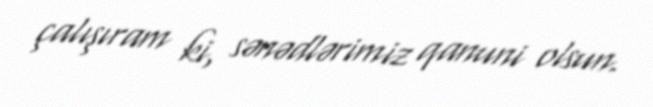
çalışıram ki, sənədlərimiz qanuni olsun.